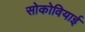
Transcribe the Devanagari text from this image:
सोकोवियाई